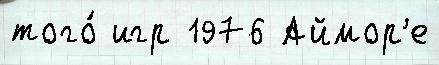
того́ игр 1976 Аймор'е